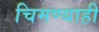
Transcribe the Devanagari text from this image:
चिमण्याही